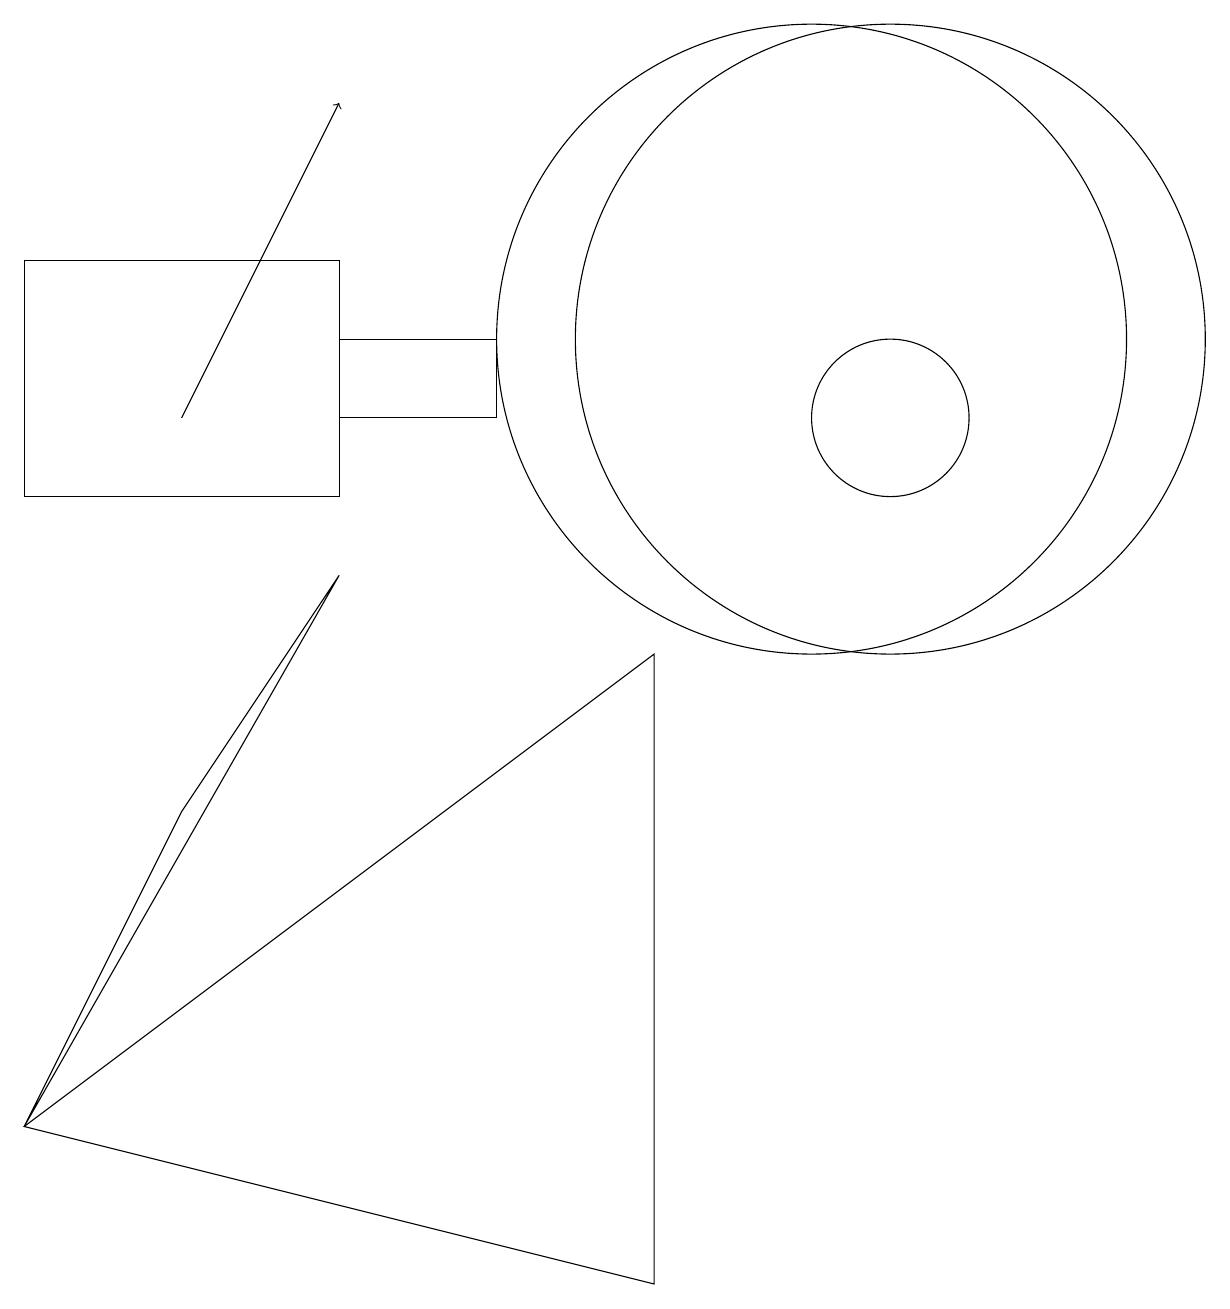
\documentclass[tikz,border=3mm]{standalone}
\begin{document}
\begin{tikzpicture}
\draw (11,12) circle (4);
\draw (11,11) circle (1);
\draw[->] (2,11) -- (4,15);
\draw (10,12) circle (4);
\draw (6,11) rectangle (4,12);
\draw (2,6) -- (4,9) -- (0,2) -- cycle;
\draw (4,10) rectangle (0,13);
\draw (8,0) -- (8,8) -- (0,2) -- cycle;
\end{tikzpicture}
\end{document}